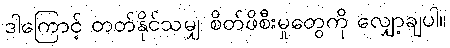
ဒါကြောင့် တတ်နိုင်သမျှ စိတ်ဖိစီးမှုတွေကို လျှော့ချပါ။